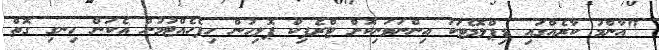
"އާންމު ކާރެއްގައި ޑިޕްލޮމެޓަކު އިންނަވަނިކޮށް ޓްރެފިކް ޕޮލިހުން ހިފެހެއްޓުމުން އެކަން ހިނގި ގޮތް